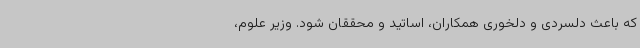
که باعث دلسردی و دلخوری همکاران، اساتید و محققان شود. وزیر علوم،